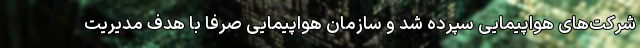
شرکت‌های هواپیمایی سپرده شد و سازمان هواپیمایی صرفا با هدف مدیریت